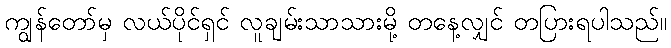
ကျွန်တော်မှ လယ်ပိုင်ရှင် လူချမ်းသာသားမို့ တနေ့လျှင် တပြားရပါသည်။